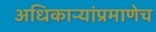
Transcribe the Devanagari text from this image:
अधिकाऱ्यांप्रमाणेच